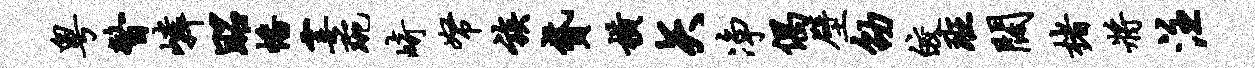
粤瞥嶙昭幡霎琬崎帑族贷横矢净偶壁劭皎班阔楮将注